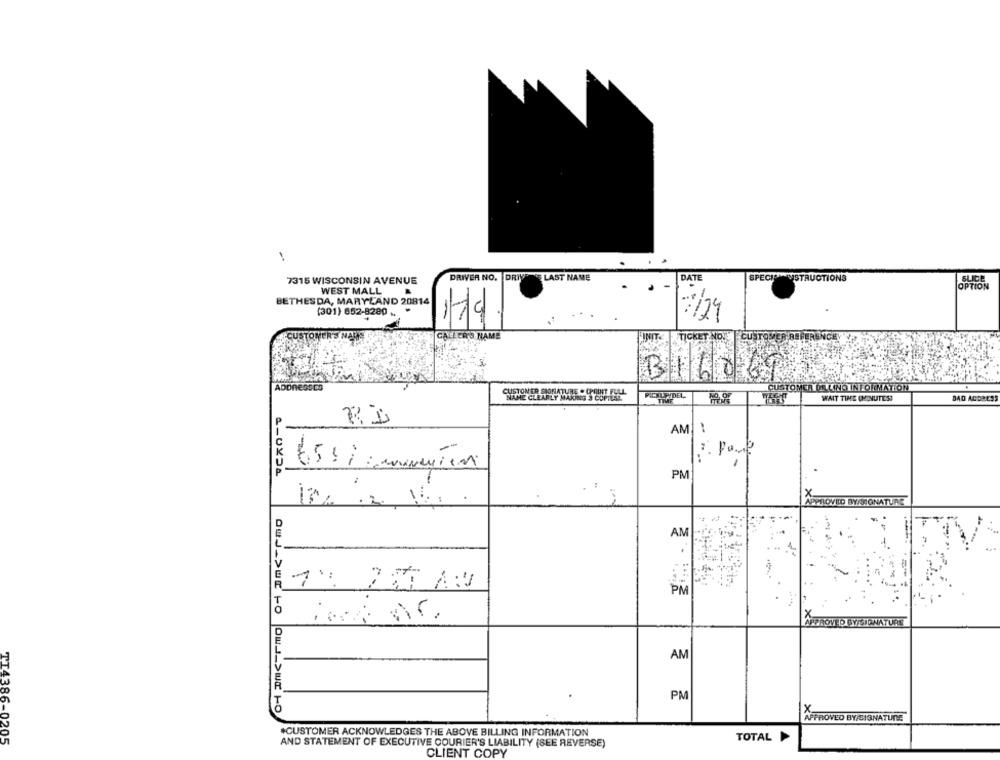
7315 WISCONSIN AVENUE
DRIVER NO. DRIVE LAST NAME
DATE
SPECIINSTRUCTIONS
SLICE
WEST MALL
BETHESDA, MARYLAND 20814
(301) 652-8280 ..
119.
7/24
CALLER'S NAME
INIT
TICKET NO.
B1686
AD
CUSTOMER ONLINO INFORMATION
PICKUPIDEL
WAIT TIME (MINUTES)
DAD ACORES
RI
AM
=
PM
----
APPROVED BY/SIGNATURE
AM
1% 2
PM
...
APPROVED BYISTONATURE
AM
PM
APPROVED BY/SIGNATURE
#CUSTOMER ACKNOWLEDGES THE ABOVE BILLING INFORMATION
TOTAL
TI4386-0205
AND STATEMENT OF EXECUTIVE COURIER'S LIABILITY (SEE REVERSE)
CLIENT COPY